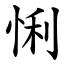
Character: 悧